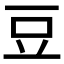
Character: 豆